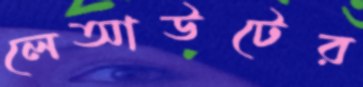
লেআউটের